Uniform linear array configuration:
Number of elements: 8
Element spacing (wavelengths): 0.25
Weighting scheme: hann
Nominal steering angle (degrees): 45
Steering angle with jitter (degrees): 45.679
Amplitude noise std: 0.05
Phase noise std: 0.05

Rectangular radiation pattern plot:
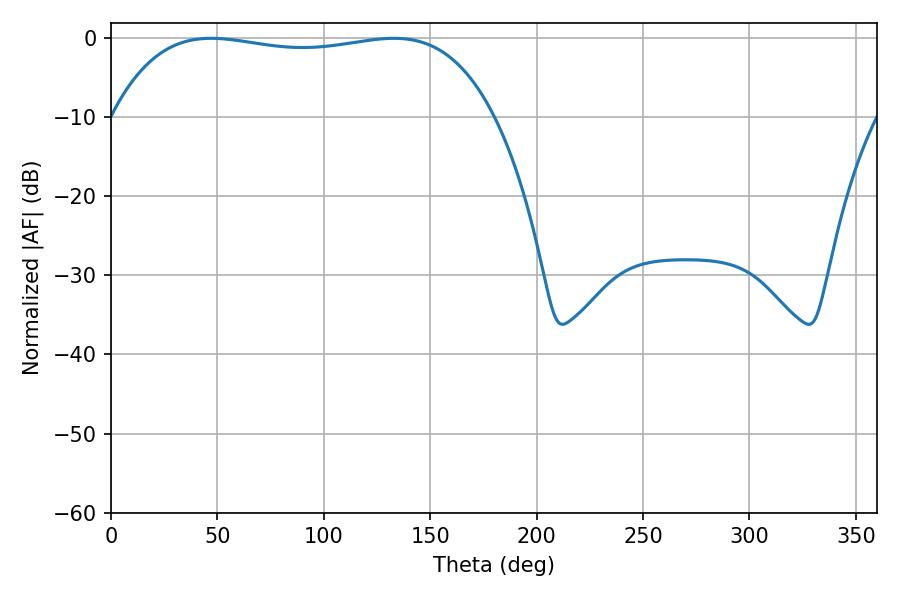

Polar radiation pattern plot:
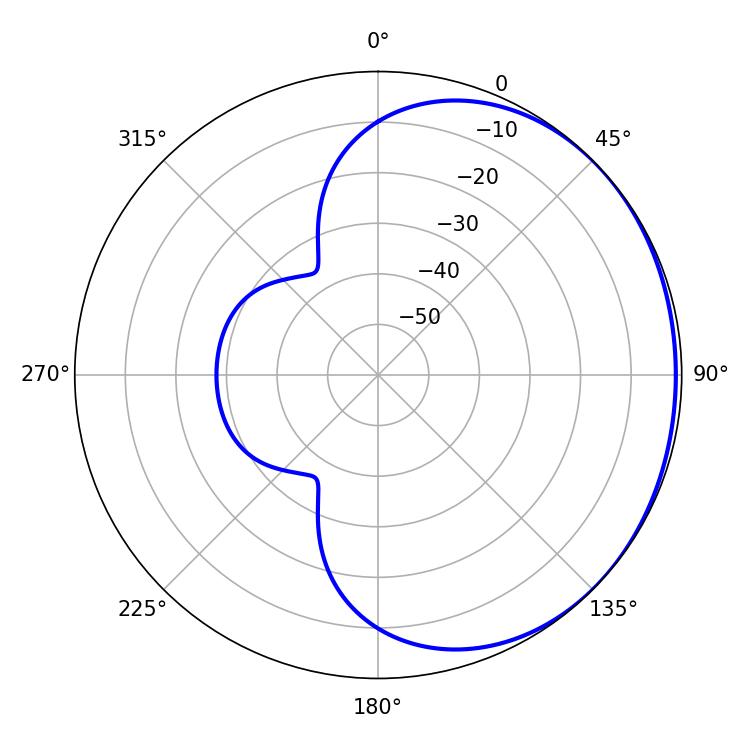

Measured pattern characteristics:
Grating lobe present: FALSE
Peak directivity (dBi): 0.776
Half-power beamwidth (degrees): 143.64
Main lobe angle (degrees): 46.98